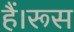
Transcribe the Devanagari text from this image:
हैं।रूस